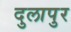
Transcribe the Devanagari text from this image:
दुलापुर